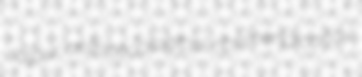
Jaipur anthoecological nonmendicancy